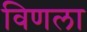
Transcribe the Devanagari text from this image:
विणला